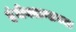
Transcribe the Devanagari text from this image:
इंजेक्शन्सच्या